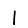
Digit: 1